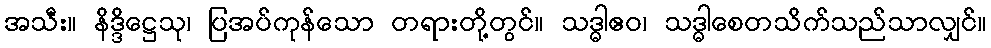
အသီး။ နိဒ္ဒိဋ္ဌေသု၊ ပြအပ်ကုန်သော တရားတို့တွင်။ သဒ္ဓါဧဝ၊ သဒ္ဓါစေတသိက်သည်သာလျှင်။